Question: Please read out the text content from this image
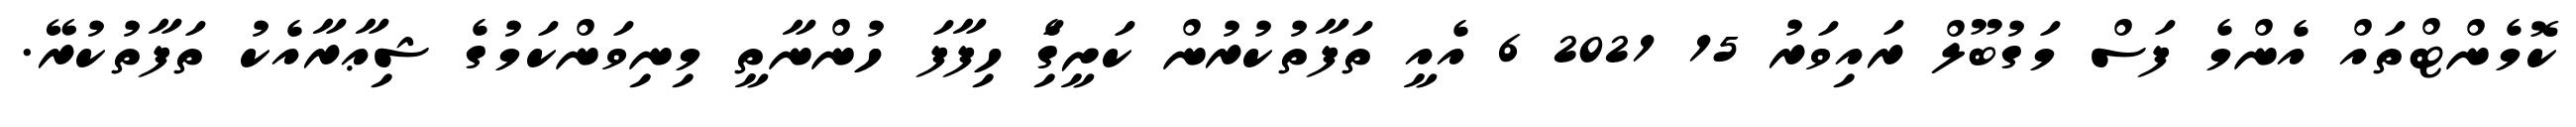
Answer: ކޮމެންޓްތައް އެންމެ ފަސް މަގުބޫލް ރައިވަރު 15 2021 6 އެއީ ތަފާތުކުރުން ކަށީގަެި ހިފާފަ ހުންނާތީ މިނިވަންކަމުގެ ޝިޢާރާއެކު ތަފާތުކުރޭ.